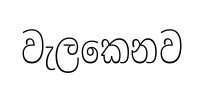
වැලකෙනව